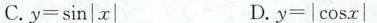
C.$$y = \sin | x |$$ D.$$y = | \cos x |$$